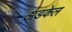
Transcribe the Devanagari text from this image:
अडकेल